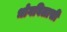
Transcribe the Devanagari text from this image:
भोगविलासी